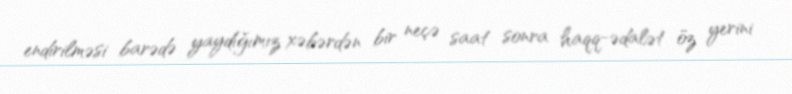
endirilməsi barədə yaydığımız xəbərdən bir neçə saat sonra haqq-ədalət öz yerini